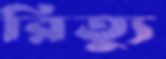
রিত্যু